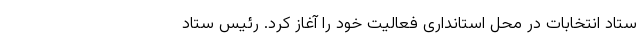
ستاد انتخابات در محل استانداری فعالیت خود را آغاز کرد. رئیس ستاد